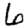
Digit: 6